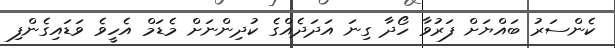
ކެންސަރު ބައްޔަށް ފަރުވާ ހޯދާ ގިނަ އަދަދެއްގެ ކުދިންނަށް މެޑަމް އެހީވެ ވަޑައިގެންފި